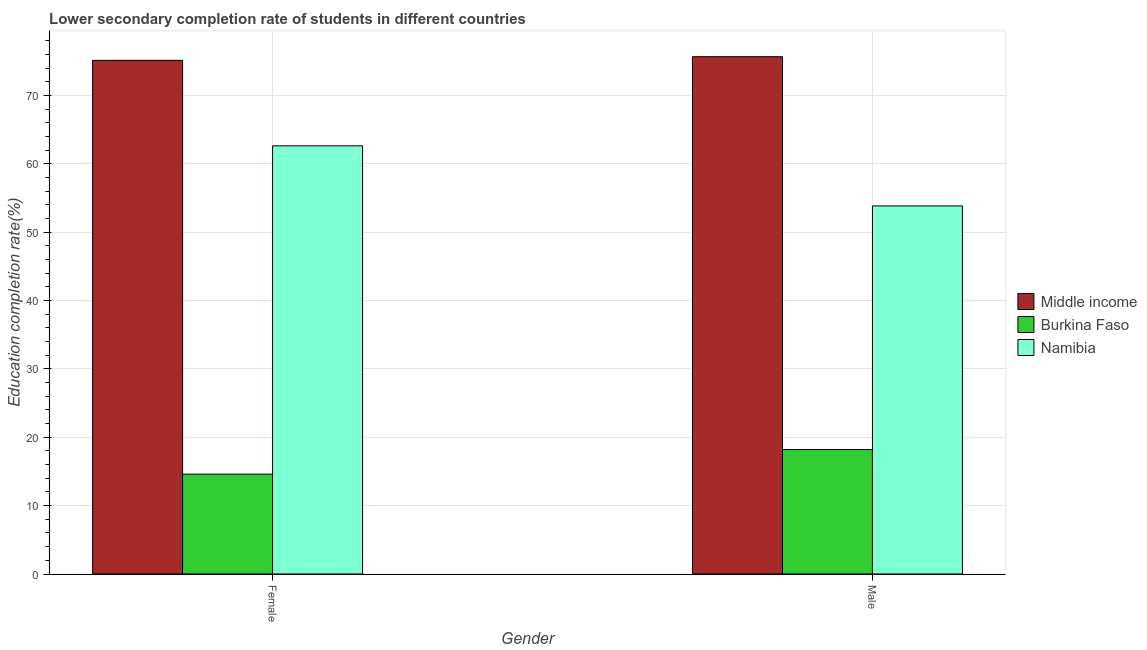
| Gender | Middle income | Burkina Faso | Namibia |
 | --- | --- | --- | --- |
 | Female | 75.2 | 14.6 | 62.6 |
 | Male | 75.7 | 18.2 | 53.9 |